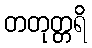
တတုတ္တရိ